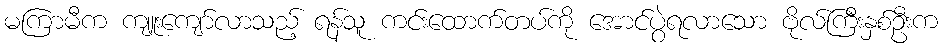
မကြာမီက ကျူးကျော်လာသည့် ရန်သူ ကင်းထောက်တပ်ကို အောင်ပွဲရလာသော ဗိုလ်ကြီးနှစ်ဦးက